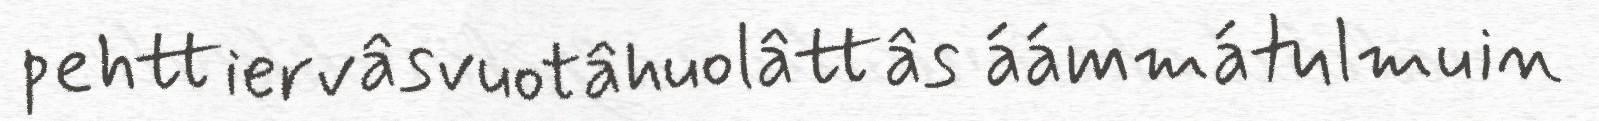
pehttiervâsvuotâhuolâttâs áámmátulmuin